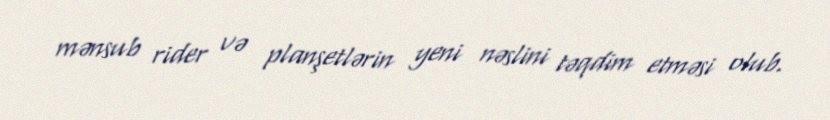
mənsub rider və planşetlərin yeni nəslini təqdim etməsi olub.